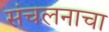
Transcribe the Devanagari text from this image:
संचलनाचा